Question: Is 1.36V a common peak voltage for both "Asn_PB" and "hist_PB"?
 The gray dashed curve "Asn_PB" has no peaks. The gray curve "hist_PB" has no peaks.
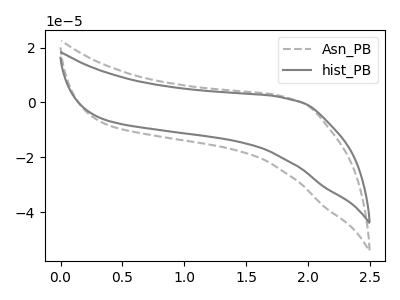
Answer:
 <answer>No, "Asn_PB" and "hist_PB" dont share a peak at 1.36V.</answer>
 <eval>mismatch</eval>